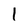
Character: 1